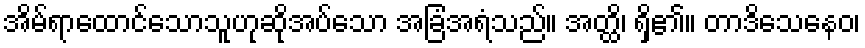
အိမ်ရာထောင်သောသူဟုဆိုအပ်သော အခြံအရံသည်။ အတ္ထိ၊ ရှိ၏။ တာဒိသေနေဝ၊